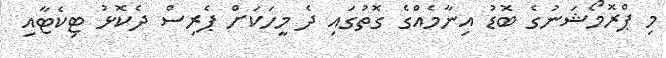
މި ޕްރޮމޯޝަނުގެ ބޮޑު އިނާމެއްގެ ގޮތުގައި ދެ މީހަކަށް ޕެރިސް ދެކޮޅު ޓިކެޓާއި